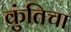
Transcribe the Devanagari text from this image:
कुंतिचा